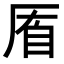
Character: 𠩮